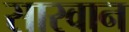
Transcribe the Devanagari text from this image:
सारवान